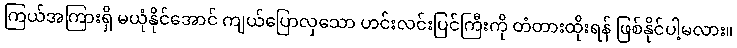
ကြယ်အကြားရှိ မယုံနိုင်အောင် ကျယ်ပြောလှသော ဟင်းလင်းပြင်ကြီးကို တံတားထိုးရန် ဖြစ်နိုင်ပါ့မလား။